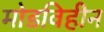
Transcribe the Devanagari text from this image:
मोडविहीन